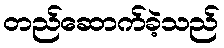
တည်ဆောက်ခဲ့သည်